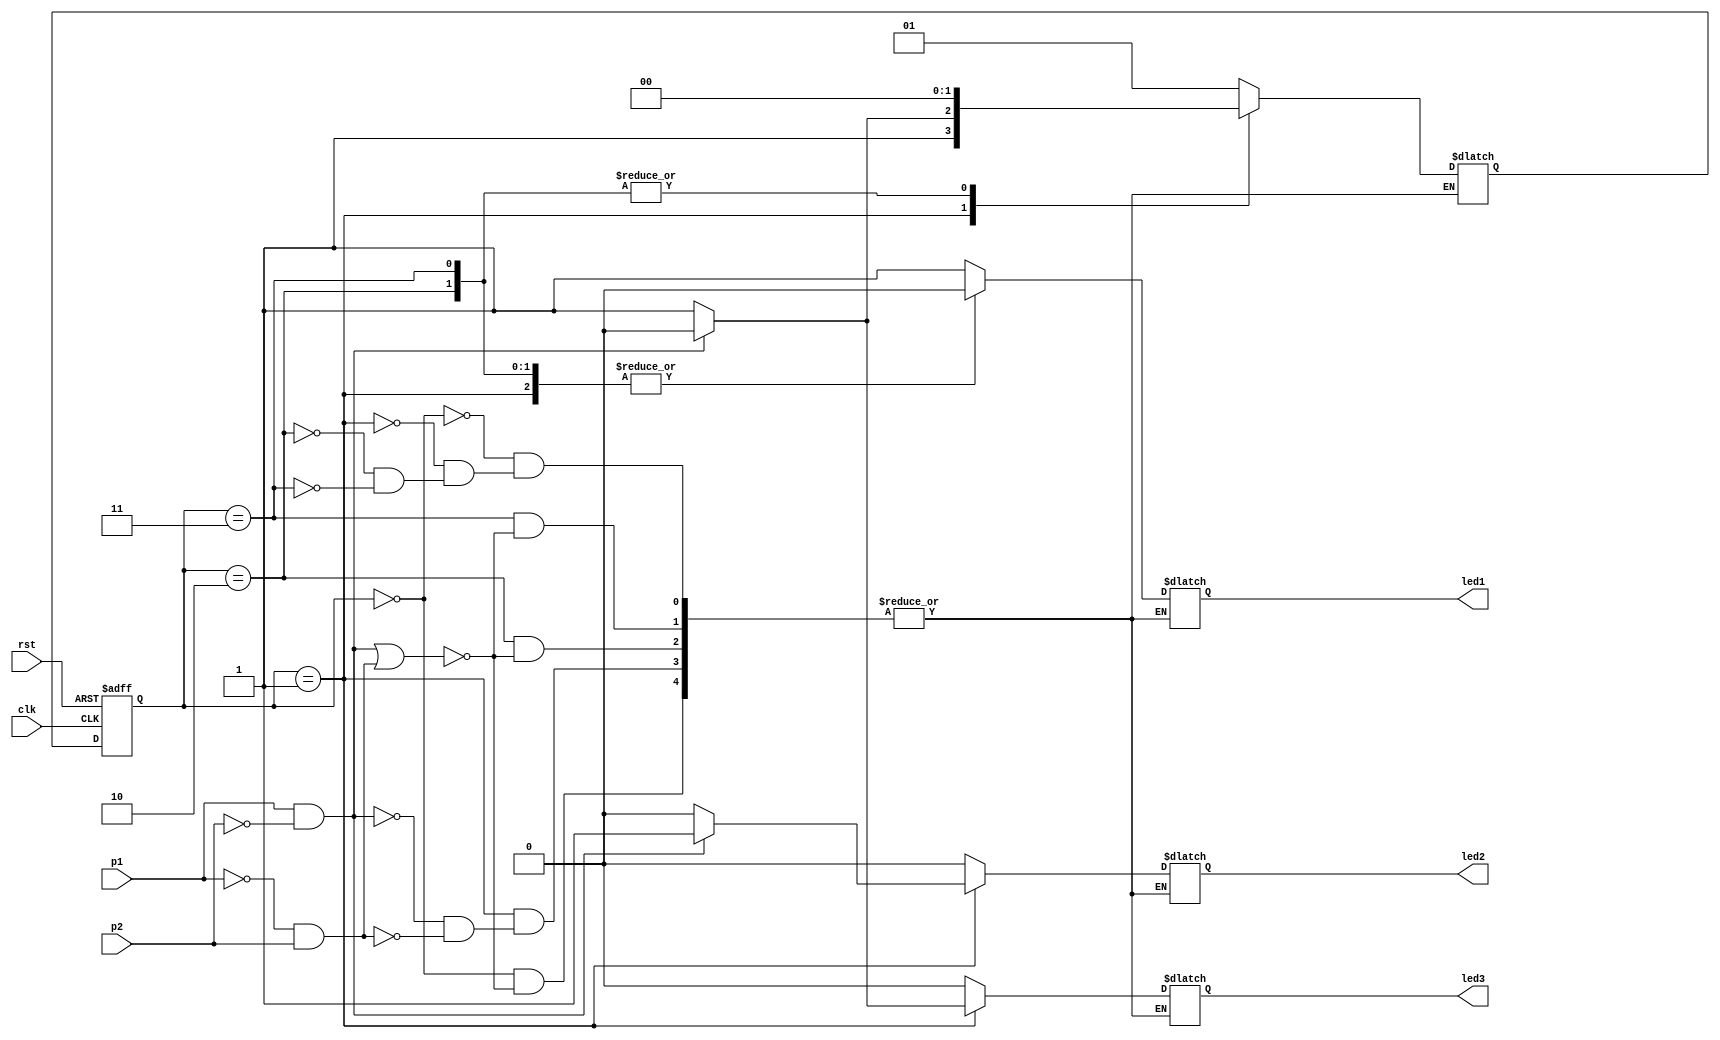
module Light_System(rst,clk,p1,p2,led1,led2,led3);
input rst,clk,p1,p2;
output reg led1,led2,led3;
reg[1:0] state_reg;
reg[1:0] next_reg;
parameter s0=2'b00;
parameter s1=2'b01;
parameter s2=2'b10;
parameter s3=2'b11;
initial led1=0;
initial led2=0;
initial led3=0;
initial state_reg=s0;
//*****************************************************
always @(posedge clk,posedge rst)begin
if(rst)
state_reg<=s0;
else
state_reg<=next_reg;
end
//*****************************************************
always @(state_reg,p1,p2)begin // the logic of next state && output

case(state_reg)
/***************/
s0: begin
if( (p1 &&!p2 ) || (!p1 &&p2 ) ) begin
next_reg<=s1;
led1<=1;
led2<=0;
led3<=0;
end
end
/**************/
s1: begin
if(p1&&!p2)begin
next_reg<=s2;
led1<=0;
led2<=1;
led3<=0;
end
else if(!p1&&p2) begin
next_reg<=s3;
led1<=0;
led2<=0;
led3<=1;
end
end
/**************/
s2: begin
if((p1 &&!p2 ) || (!p1 &&p2 ))begin
next_reg<=s0;
led1<=0;
led2<=0;
led3<=0;
end
end
/**************/
s3: begin
if((p1 &&!p2 ) || (!p1 &&p2 ))begin
next_reg<=s0;
led1<=0;
led2<=0;
led3<=0;
end
end
/**************/
endcase

end
//*****************************************************
endmodule

module tb();
reg rst;
reg clk;
reg p1;
reg p2;
wire led1;
wire led2;
wire led3;
Light_System obj (rst,clk,p1,p2,led1,led2,led3);

always begin
#5 clk=~clk;
end
initial begin
rst=1;
clk=0;
p1=0;
p2=0;
// here is s0
#10
rst =0;
p1=1;
p2=0;
// here is s1
#10
p1=1;
p2=0;
// here is s2
#10
p1=0;
p2=1;
// here is s0 again
end
endmodule